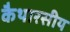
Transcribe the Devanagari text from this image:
कैथारसीय